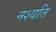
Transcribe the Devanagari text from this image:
नश्यति